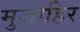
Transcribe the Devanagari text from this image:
मुजाहिर